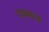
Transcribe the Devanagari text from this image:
प्राक्स्ड